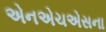
એનએચએસના